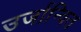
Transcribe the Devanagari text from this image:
उर्जान्वित